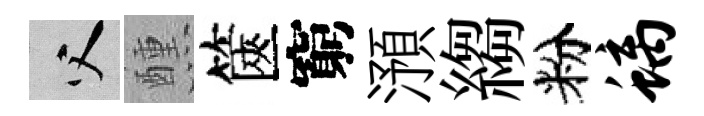
父醺篋窮澦縐粉螭